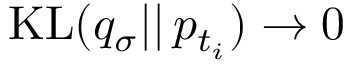
\mathrm { K L } ( q _ { \sigma } | | \, p _ { t _ { i } } ) \to 0